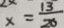
x = \frac { 1 3 } { 2 0 }